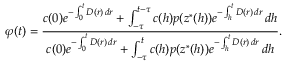
\varphi ( t ) = \frac { c ( 0 ) e ^ { - \int _ { 0 } ^ { t } D ( r ) \, d r } + \int _ { - \tau } ^ { t - \tau } c ( h ) p ( z ^ { * } ( h ) ) e ^ { - \int _ { h } ^ { t } D ( r ) \, d r } \, d h } { c ( 0 ) e ^ { - \int _ { 0 } ^ { t } D ( r ) \, d r } + \int _ { - \tau } ^ { t } c ( h ) p ( z ^ { * } ( h ) ) e ^ { - \int _ { h } ^ { t } D ( r ) \, d r } \, d h } .